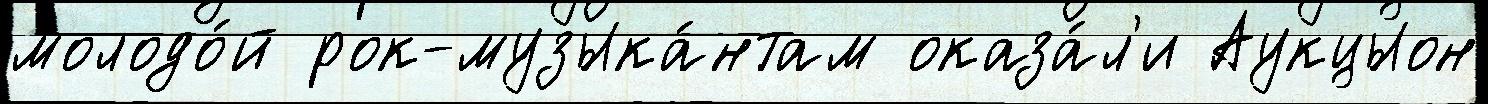
молодо́й рок-музыка́нтам оказа́л'и Аукцыон